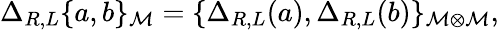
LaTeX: \Delta_{R,L}\{ a,b\} _{{\cal M}}=\{ \Delta_{R,L}(a),\Delta_{R,L}(b)\} _{{\cal M\otimes}{\cal M}},